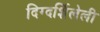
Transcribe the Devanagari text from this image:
दिग्दर्शिलेली